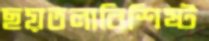
ছয়তলাবিশিষ্ট